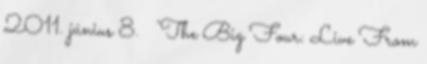
2011. június 8. ↑ 'The Big Four: Live From